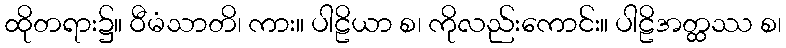
ထိုတရား၌။ ဝီမံသာတိ၊ ကား။ ပါဠိယာ စ၊ ကိုလည်းကောင်း။ ပါဠိအတ္ထဿ စ၊